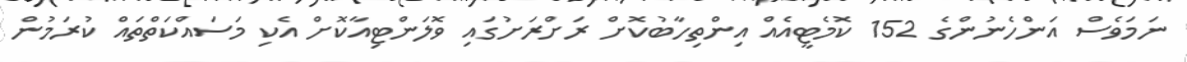
ނަމަވެސް އަންހެނުންގެ 152 ކޮމެޓީއެއް އިންތިހާބުކޮށް ރަށްރަށުގައި ވޮލަންޓިއާކޮށް އެކި މަސައްކަތްތައް ކުރަމުން